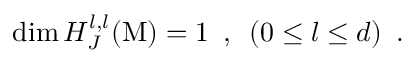
\dim { H _ { J } ^ { l , l } } ( { \mathrm { M } } ) = 1 \, \, \, , \, \, \, ( { 0 \leq l \leq d } ) \, \, \, .